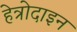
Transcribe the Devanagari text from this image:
हेत्रोदाइन